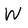
Character: W